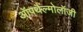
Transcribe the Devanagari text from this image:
ऑपथैल्मोलॉजी